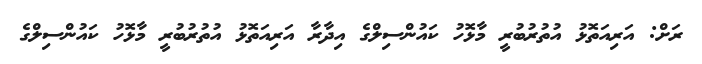
ރަށް: އަރިއަތޮޅު އުތުރުބުރީ މާޅޮހު ކައުންސިލްގެ އިދާރާ އަރިއަތޮޅު އުތުރުބުރީ މާޅޮހު ކައުންސިލްގެ